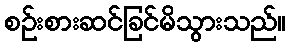
စဉ်းစားဆင်ခြင်မိသွားသည်။